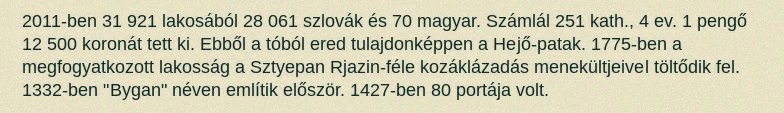
2011-ben 31 921 lakosából 28 061 szlovák és 70 magyar. Számlál 251 kath., 4 ev. 1 pengő 12 500 koronát tett ki. Ebből a tóból ered tulajdonképpen a Hejő-patak. 1775-ben a megfogyatkozott lakosság a Sztyepan Rjazin-féle kozáklázadás menekültjeivel töltődik fel. 1332-ben "Bygan" néven említik először. 1427-ben 80 portája volt.